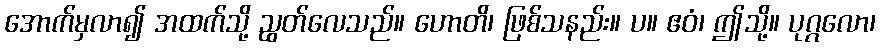
အောက်မှလာ၍ အထက်သို့ ညွတ်လေသည်။ ဟောတိ၊ ဖြစ်သနည်း။ ပ။ ဧဝံ၊ ဤသို့။ ပုဂ္ဂလော၊